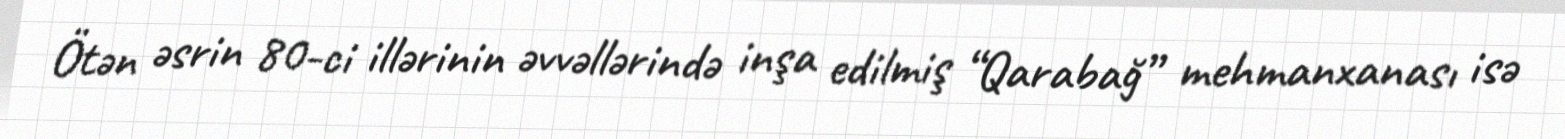
Ötən əsrin 80-ci illərinin əvvəllərində inşa edilmiş “Qarabağ” mehmanxanası isə